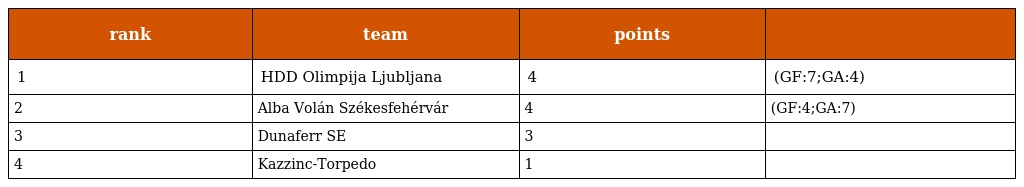
| rank | team | points |  |
 | --- | --- | --- | --- |
 | 1 | HDD Olimpija Ljubljana | 4 | (GF:7;GA:4) |
 | 2 | Alba Volán Székesfehérvár | 4 | (GF:4;GA:7) |
 | 3 | Dunaferr SE | 3 |  |
 | 4 | Kazzinc-Torpedo | 1 |  |